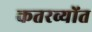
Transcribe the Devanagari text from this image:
कतरव्योंत